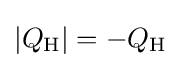
|Q_{\rm {H}}|=-Q_{\rm {H}}\